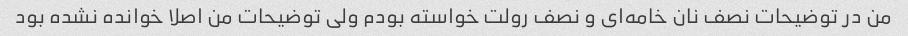
من در توضیحات نصف نان خامه‌ای و نصف رولت خواسته بودم ولی توضیحات من اصلا خوانده نشده بود